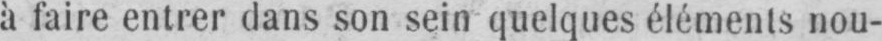
à faire entrer dans son sein quelques éléments nou-